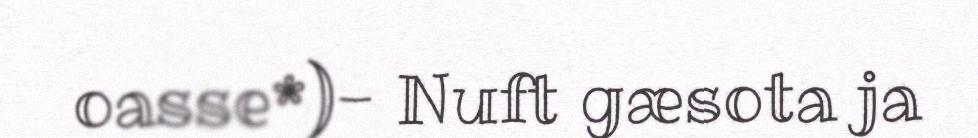
oasse*)- Nuft gæsota ja